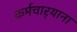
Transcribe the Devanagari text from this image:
कर्मचार्‍याना